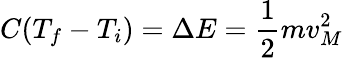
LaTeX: C(T_{f}-T_{i})=\Delta E=\frac 12mv_{M}^{2}